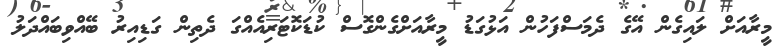
މީރާއަށް ލައިގެން އޭގެ ދެމަސްފަހުން އަޅުގަޑު މީރާއަށްގެންގޮސް ކުޑަކޮޓަރިއެއްގަ ދެތިން ގަޑިއިރު ބޭއްވިބައްދަލު